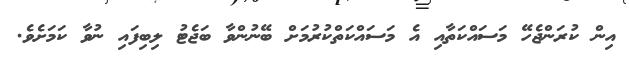
އިން ކުރަންޖެހޭ މަސައްކަތާއި އެ މަސައްކަތްކުރުމަށް ބޭނުންވާ ބަޖެޓު ލިބިފައި ނުވާ ކަމަށެވެ.